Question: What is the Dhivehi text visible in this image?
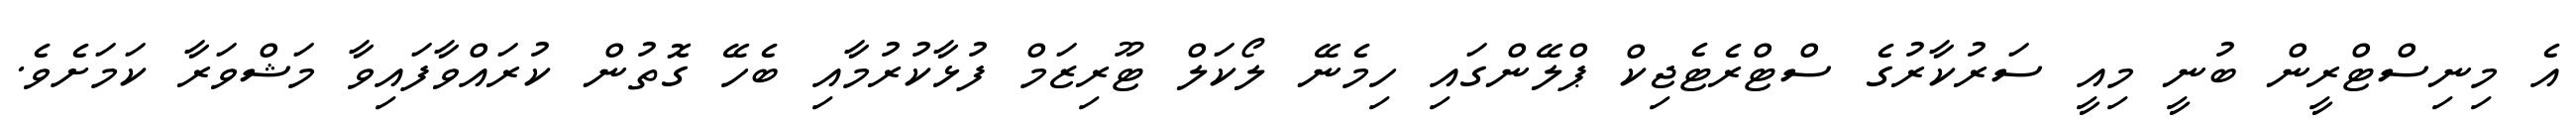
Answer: އެ މިނިސްޓްރީން ބުނީ މިއީ ސަރުކާރުގެ ސްޓްރެޓެޖިކް ޕްލޭންގައި ހިމެނޭ ލޯކަލް ޓޫރިޒަމް ފުޅާކުރުމާއި ބެހޭ ގޮތުން ކުރައްވާފައިވާ މަޝްވަރާ ކަމަށެވެ.